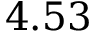
4 . 5 3